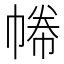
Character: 𢄑